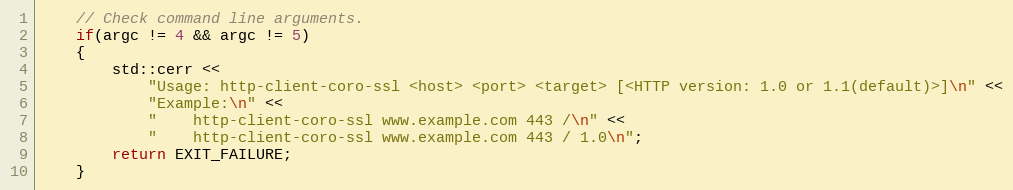
Language: C++
    // Check command line arguments.
    if(argc != 4 && argc != 5)
    {
        std::cerr <<
            "Usage: http-client-coro-ssl <host> <port> <target> [<HTTP version: 1.0 or 1.1(default)>]\n" <<
            "Example:\n" <<
            "    http-client-coro-ssl www.example.com 443 /\n" <<
            "    http-client-coro-ssl www.example.com 443 / 1.0\n";
        return EXIT_FAILURE;
    }